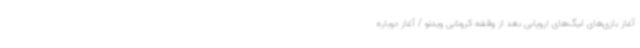
آغاز بازی‌های لیگ‌های اروپایی بعد از وقفه کرونایی ویدئو / آغاز دوباره